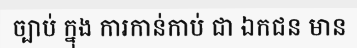
ច្បាប់ ក្នុង ការកាន់កាប់ ជា ឯកជន មាន